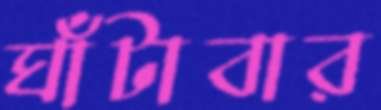
ঘাঁটাবার